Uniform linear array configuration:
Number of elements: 32
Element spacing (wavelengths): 0.25
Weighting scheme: uniform
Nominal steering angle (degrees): -15
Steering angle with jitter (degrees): -14.157
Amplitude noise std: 0.05
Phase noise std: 0.05

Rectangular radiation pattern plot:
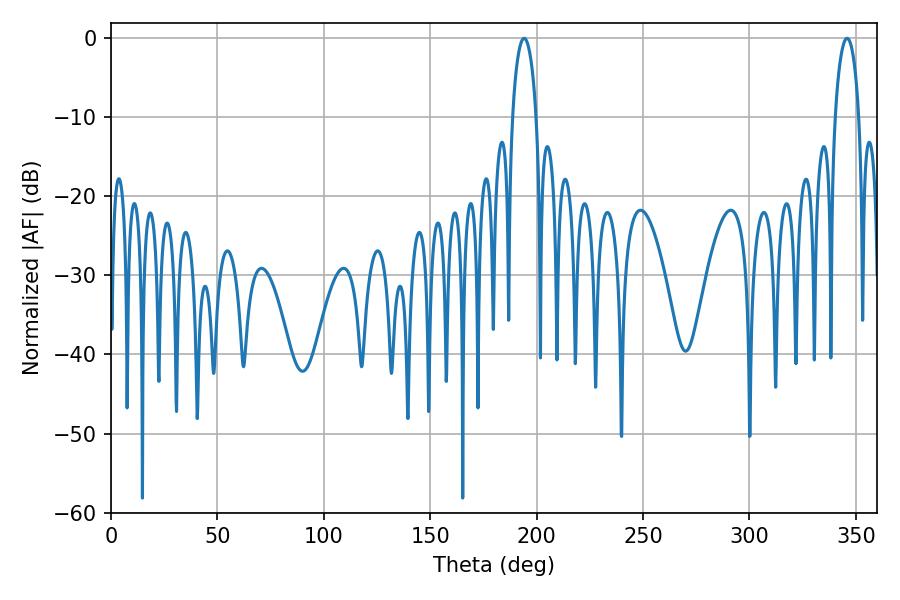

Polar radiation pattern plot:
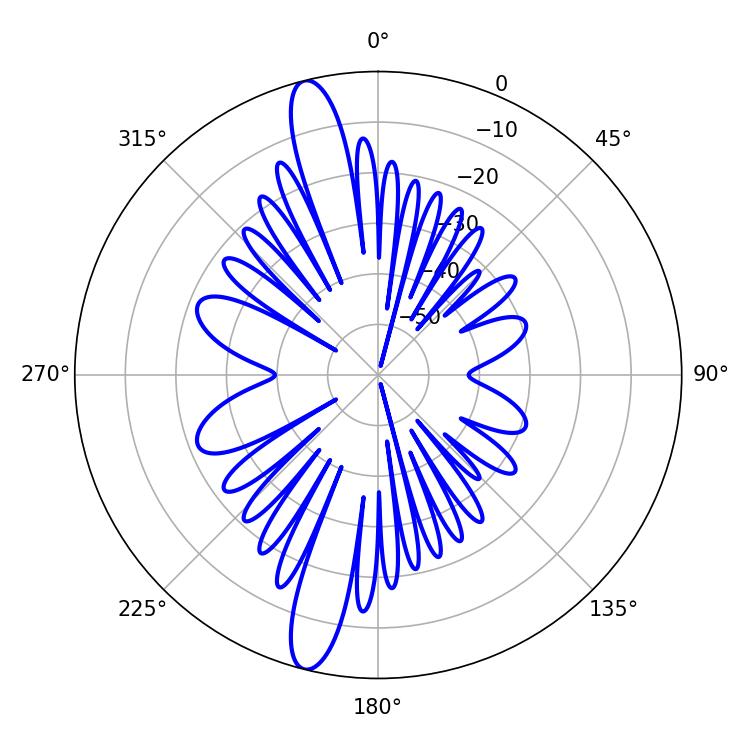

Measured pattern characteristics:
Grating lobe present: FALSE
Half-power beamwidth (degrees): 6.3
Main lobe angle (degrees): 194.04